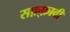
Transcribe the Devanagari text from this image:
सफ़्फ़ावी